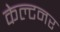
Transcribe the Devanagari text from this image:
केल्टनर